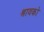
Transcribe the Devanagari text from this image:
श्रावको